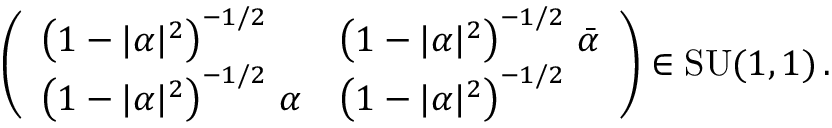
\left( \begin{array} { l l } { \left( 1 - \vert \alpha \vert ^ { 2 } \right) ^ { - 1 / 2 } } & { \left( 1 - \vert \alpha \vert ^ { 2 } \right) ^ { - 1 / 2 } \, \bar { \alpha } } \\ { \left( 1 - \vert \alpha \vert ^ { 2 } \right) ^ { - 1 / 2 } \, \alpha } & { \left( 1 - \vert \alpha \vert ^ { 2 } \right) ^ { - 1 / 2 } } \end{array} \right) \in \mathrm { S U } ( 1 , 1 ) \, .